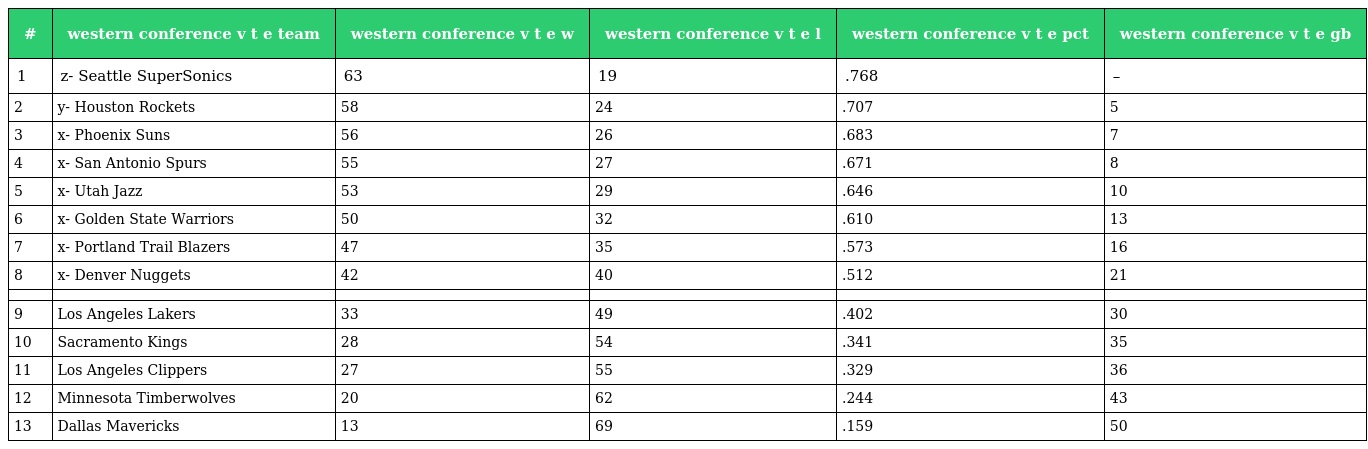
| # | western conference v t e team | western conference v t e w | western conference v t e l | western conference v t e pct | western conference v t e gb |
 | --- | --- | --- | --- | --- | --- |
 | 1 | z- Seattle SuperSonics | 63 | 19 | .768 | – |
 | 2 | y- Houston Rockets | 58 | 24 | .707 | 5 |
 | 3 | x- Phoenix Suns | 56 | 26 | .683 | 7 |
 | 4 | x- San Antonio Spurs | 55 | 27 | .671 | 8 |
 | 5 | x- Utah Jazz | 53 | 29 | .646 | 10 |
 | 6 | x- Golden State Warriors | 50 | 32 | .610 | 13 |
 | 7 | x- Portland Trail Blazers | 47 | 35 | .573 | 16 |
 | 8 | x- Denver Nuggets | 42 | 40 | .512 | 21 |
 |  |  |  |  |  |  |
 | 9 | Los Angeles Lakers | 33 | 49 | .402 | 30 |
 | 10 | Sacramento Kings | 28 | 54 | .341 | 35 |
 | 11 | Los Angeles Clippers | 27 | 55 | .329 | 36 |
 | 12 | Minnesota Timberwolves | 20 | 62 | .244 | 43 |
 | 13 | Dallas Mavericks | 13 | 69 | .159 | 50 |